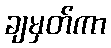
ချမှတ်ကာ